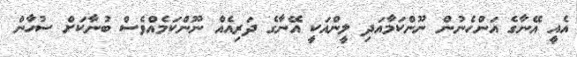
އެއީ އޭނާގެ އަންހެނުން ނޫންކަމާއަދި ލީންއަކީ އޭނާގެ ދަރިއެއް ނޫންކަމެއްވެސް ބުނާކަށް ސުހާން